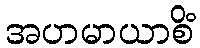
အဟမာယာစိံ